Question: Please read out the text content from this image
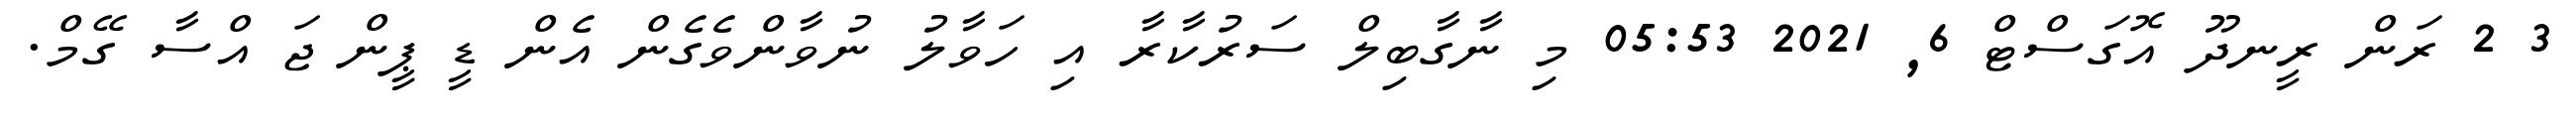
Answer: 3 2 ރަން ރީނދޫ އޮގަސްޓް 6, 2021 05:53 މި ނާގާބިލް ސަރުކާރާ އި ހަވާލު ނުވާންވެގެން އެން ޑީ ޕީން ޖަ އްސާ ގޭމް.